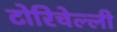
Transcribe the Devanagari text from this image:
टोरिचेल्ली